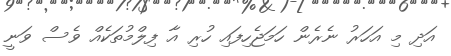
އަދި މި އަހަރު ނެރެން ހަމަޖެހިފައި ހުރި އާ ފިލްމުތަކެއް ވެސް ވަނީ